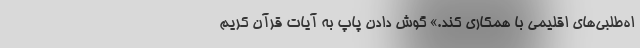
اه‌طلبی‌های اقلیمی با همکاری کند.» گوش دادن پاپ به آیات قرآن کریم